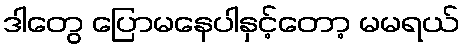
ဒါတွေ ပြောမနေပါနှင့်တော့ မမရယ်